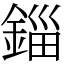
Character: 錙